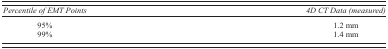
<table><thead><tr><td><b><i>Percentile of EMT Points</i></b></td><td><b><i>4D CT Data (measured)</i></b></td></tr></thead><tbody><tr><td>95%</td><td>1.2 mm</td></tr><tr><td>99%</td><td>1.4 mm</td></tr></tbody></table>